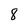
Character: 8